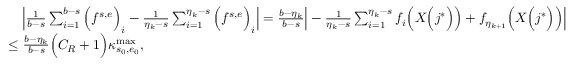
\begin{array} { r l } & { \quad \Big | \frac { 1 } { b - s } \sum _ { i = 1 } ^ { b - s } \Big ( f ^ { s , e } \Big ) _ { i } - \frac { 1 } { \eta _ { k } - s } \sum _ { i = 1 } ^ { \eta _ { k } - s } \Big ( f ^ { s , e } \Big ) _ { i } \Big | = \frac { b - \eta _ { k } } { b - s } \Big | - \frac { 1 } { \eta _ { k } - s } \sum _ { i = 1 } ^ { \eta _ { k } - s } f _ { i } \Big ( X \Big ( j ^ { * } \Big ) \Big ) + f _ { \eta _ { k + 1 } } \Big ( X \Big ( j ^ { * } \Big ) \Big ) \Big | } \\ & { \leq \frac { b - \eta _ { k } } { b - s } \Big ( C _ { R } + 1 \Big ) \kappa _ { s _ { 0 } , e _ { 0 } } ^ { \operatorname* { m a x } } , } \end{array}